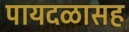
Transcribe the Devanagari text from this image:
पायदळासह